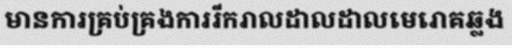
មានការគ្រប់គ្រងការរីករាលដាលដាលមេរោគឆ្លង